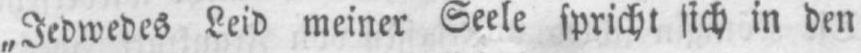
Leid meiner Seele spricht sich in den